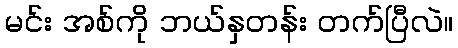
မင်း အစ်ကို ဘယ်နှတန်း တက်ပြီလဲ။